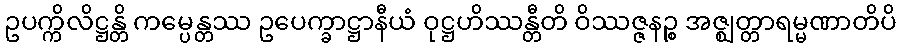
ဥပက္ကိလိဋ္ဌန္တိ ကမ္ပေန္တဿ ဥပေက္ခာဋ္ဌာနီယံ ဝုဋ္ဌဟိဿန္တီတိ ဝိဿဇ္ဇနဉ္စ အဇ္ဈတ္တာရမ္မဏာတိပိ